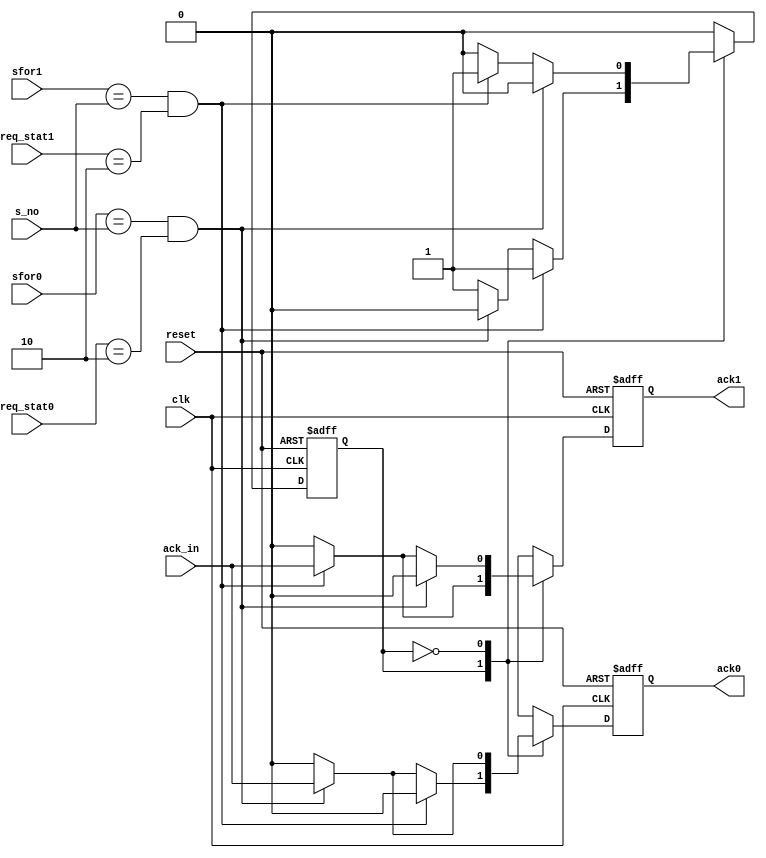
`timescale 1ns / 1ps

module rr_ack_arbiter (
	input clk,
	input reset,
	
	input s_no,
	input ack_in,
	input sfor0, input sfor1,
	input [1:0] req_stat0, input [1:0] req_stat1,
	
	//output reg last_mas,
	
	output reg ack0, output reg ack1
);

localparam W_ACK	= 2'd 2 ; // request sent, waits for ack (added to the queue2) 

reg last_mas;

always @(posedge clk or negedge reset) // ASYNC RESET, active level LOW
if (~reset) // reset 
begin
	ack0 <= 0;
	ack1 <= 0;
	last_mas <= 1; // after reset last_mas is the (N-1)'th Master
end
else
begin
	case (last_mas)
	1: if (sfor1 == s_no && req_stat1 == W_ACK) 
		begin 
		ack0 <= 0; ack1 <= ack_in; 
		last_mas <= 1;
		end
		else if (sfor0 == s_no && req_stat0 == W_ACK) 
			begin
			ack0 <= ack_in; ack1 <= 0; 
			last_mas <= 0;
			end 
			else begin ack0 <= 0; ack1 <= 0; end
	0: if (sfor0 == s_no && req_stat0 == W_ACK) 
		begin 
		ack0 <= ack_in; ack1 <= 0; 
		last_mas <= 0;
		end
		else if (sfor1 == s_no && req_stat1 == W_ACK) 
			begin
			ack0 <= 0; ack1 <= ack_in; 
			last_mas <= 1;
			end
			else begin ack0 <= 0; ack1 <= 0; end
	default if (sfor0 == s_no && req_stat0 == W_ACK) 
			begin 
			ack0 <= ack_in; ack1 <= 0; 
			last_mas <= 0;
			end
			else if (sfor1 == s_no && req_stat1 == W_ACK) 
				begin
				ack0 <= 0; ack1 <= ack_in; 
				last_mas <= 1;
				end
				else begin ack0 <= 0; ack1 <= 0; end
	endcase
end

endmodule